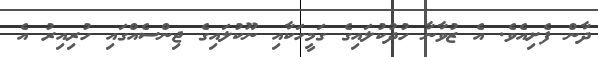
ދާން ފެށިއެވެ. އެ ޒުވާނާ ހުދުކުލައިގެ ގަމީހަކާއި ނޫކުލައިގެ ޖިންސެއްގައި ހުރިއިރު އެ